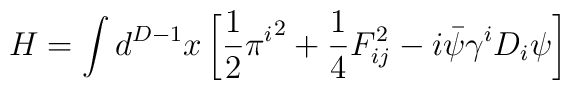
H=\int d^{D-1}x\left[{1\over2}{\pi^i}^2+{1\over4}F_{ij}^2-i\bar\psi\gamma^i D_i\psi\right]